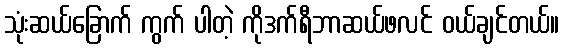
သုံးဆယ်ခြောက် ကွက် ပါတဲ့ ကိုဒက်ရီဘာဆယ်ဖလင် ဝယ်ချင်တယ်။